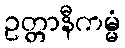
ဥတ္တာနီကမ္မံ